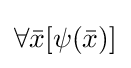
\forall {\bar {x}}[\psi ({\bar {x}})]